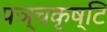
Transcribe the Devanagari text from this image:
पञ्चकृष्टि